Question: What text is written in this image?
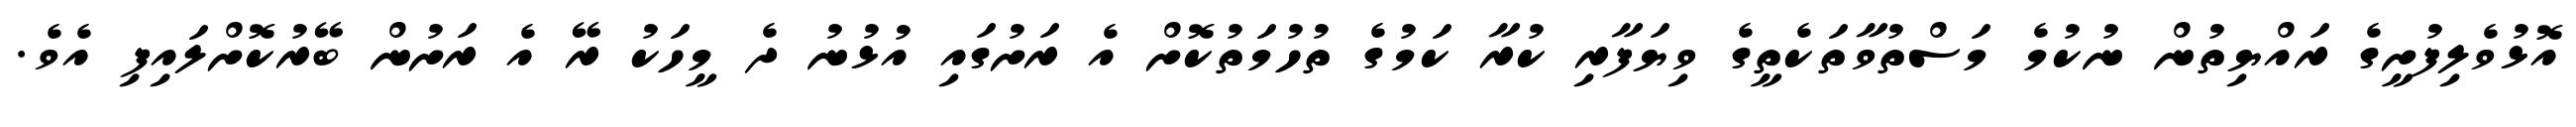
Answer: އޮޅުވެލިފުށީގެ ރައްޔިތުން ނުކުމެ މަސްތުވާތަކެތީގެ ވިޔަފާރި ކުރާ ކަމުގެ ތުހުމަތުކޮށް އެ ރަށުގައި އުޅުނު ދެ މީހަކު ރޭ އެ ރަށުން ބޭރުކޮށްލައިފި އެވެ.